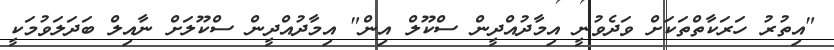
"އިތުރު ހަރަކާތްތަކަށް ވަދެވުނީ އިމާދުއްދީން ސްކޫލް އިން" އިމާދުއްދީން ސްކޫލަށް ނާއިލް ބަދަލަވުމަކީ